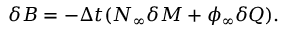
\delta B = - \Delta t ( N _ { \infty } \delta M + \phi _ { \infty } \delta Q ) .